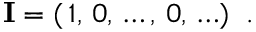
{ \bf I } = ( \, 1 , \, 0 , \, \ldots , \, 0 , \, \ldots ) \; \; .